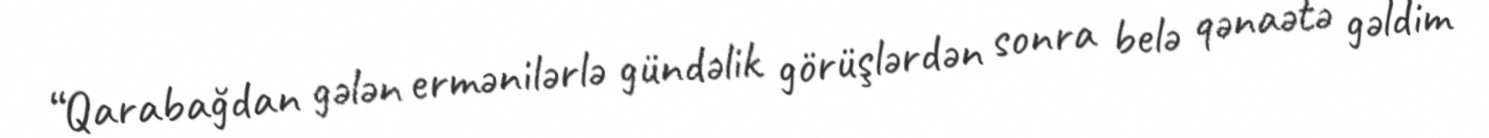
“Qarabağdan gələn ermənilərlə gündəlik görüşlərdən sonra belə qənaətə gəldim